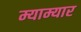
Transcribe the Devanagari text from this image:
म्याम्यार